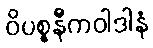
ဝိပစ္စနီကဝါဒါနံ